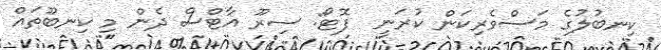
ކިނބުލުގެ މަސްވެރިކަން ކުރަނީ  ފޮޓޯ: ސިރޫ އާޓްސް ދެން މި ކިނބޫތައް